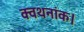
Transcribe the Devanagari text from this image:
क्वथनांक।